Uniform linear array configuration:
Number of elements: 4
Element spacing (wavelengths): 0.25
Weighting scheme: hamming
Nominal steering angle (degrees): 0
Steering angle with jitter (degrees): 1.478
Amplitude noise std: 0.05
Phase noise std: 0.05

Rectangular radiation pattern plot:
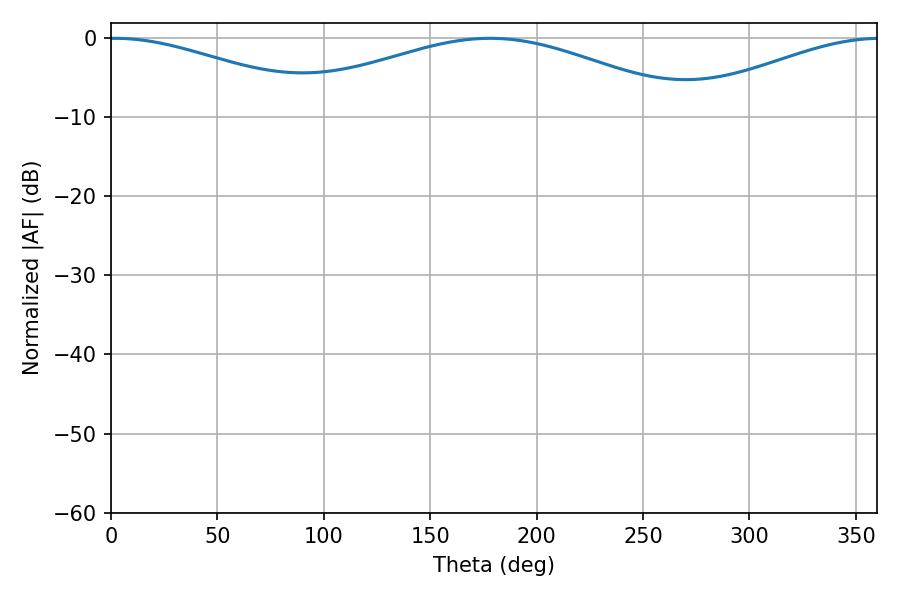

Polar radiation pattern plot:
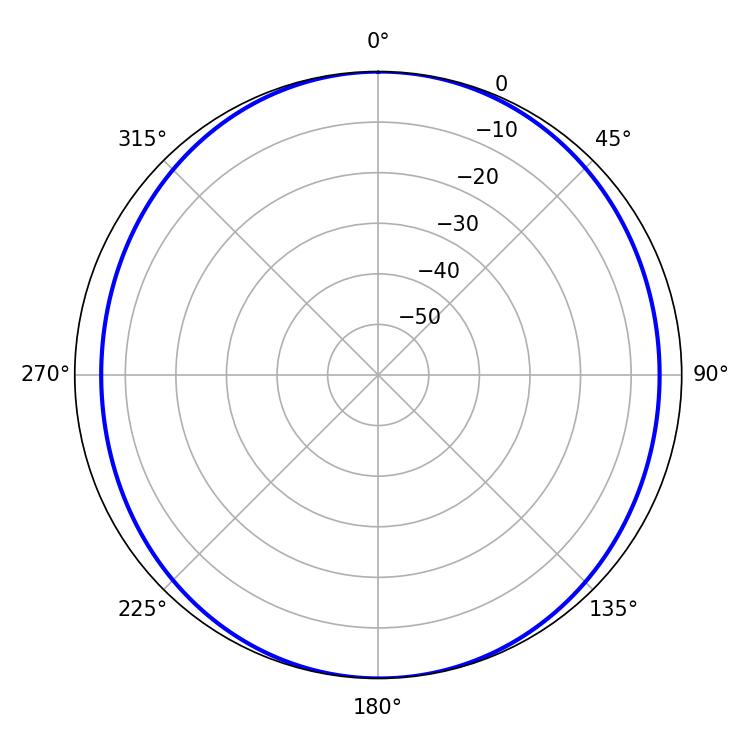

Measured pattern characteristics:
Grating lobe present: FALSE
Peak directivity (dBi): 11.971
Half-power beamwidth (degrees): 56.7
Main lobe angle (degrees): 1.8